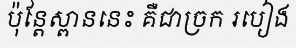
ប៉ុន្តែស្ពាននេះ គឺជាច្រក របៀង